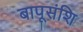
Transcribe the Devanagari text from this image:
बापूसंशि